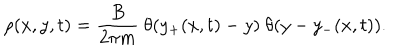
LaTeX: \rho ( x , y , t ) = { \frac { B } { 2 \pi m } } \ \theta ( y _ { + } ( x , t ) - y ) \ \theta ( y - y _ { - } ( x , t ) ) .